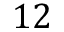
1 2